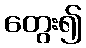
တွေး၍